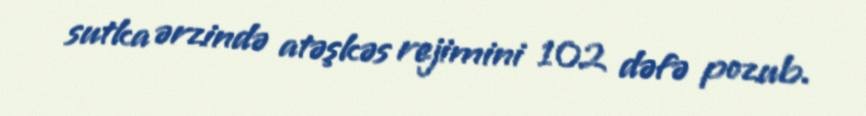
sutka ərzində atəşkəs rejimini 102 dəfə pozub.